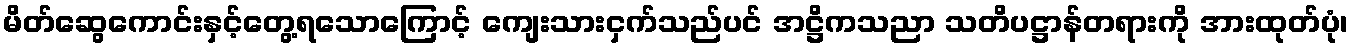
မိတ်ဆွေကောင်းနှင့်တွေ့ရသောကြောင့် ကျေးသားငှက်သည်ပင် အဋ္ဌိကသညာ သတိပဋ္ဌာန်တရားကို အားထုတ်ပုံ၊